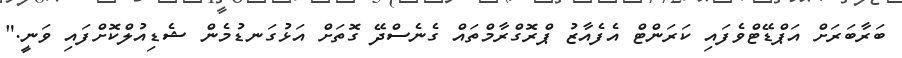
ބަރާބަރަށް އަޕްޑޭޓްވެފައި ކަރަންޓް އެފެއާޒު ޕްރޮގްރާމްތައް ގެނެސްދޭ ގޮތަށް އަޅުގަނޑުމެން ޝެޑިއުލްކޮށްފައި ވަނީ."